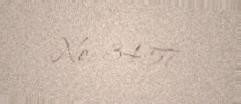
№: 3457